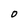
Character: O